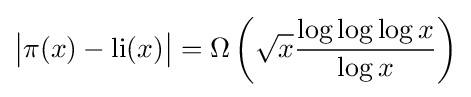
{\big |}\pi (x)-\operatorname {li} (x){\big |}=\Omega \left({\sqrt {x}}{\frac {\log \log \log x}{\log x}}\right)